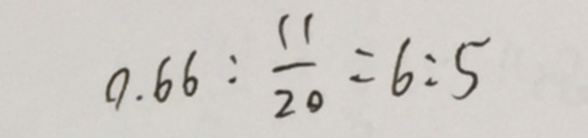
0 . 6 6 : \frac { 1 1 } { 2 0 } = 6 : 5